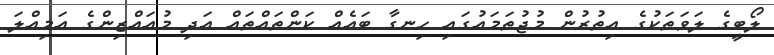
ލޯބީގެ ލަވަތަކުގެ އިތުރުން މުޖުތަމައުގައި ހިނގާ ބައެއް ކަންތައްތައް އަދި މުއައްޒިންގެ އަމިއްލަ